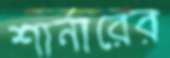
শার্নারের